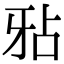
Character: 𤘇